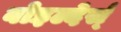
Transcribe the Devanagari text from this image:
बोइल्देर्स्